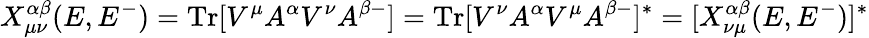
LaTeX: X_{\mu\nu}^{\alpha\beta}(E,E^{-})=\operatorname{Tr}[V^{\mu}A^{\alpha}V^{\nu}A^{\beta-}]=\operatorname{Tr}[V^{\nu}A^{\alpha}V^{\mu}A^{\beta-}]^{*}=[X_{\nu\mu}^{\alpha\beta}(E,E^{-})]^{*}